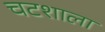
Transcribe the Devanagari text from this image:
चटशाला